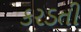
કરડતી